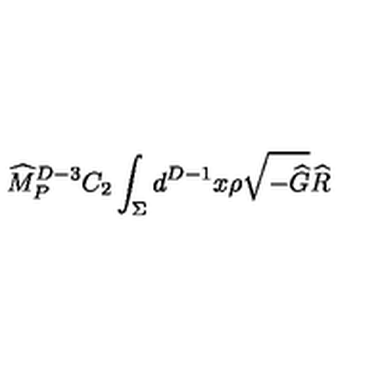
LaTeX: { \widehat M } _ { P } ^ { D - 3 } C _ { 2 } \int _ { \Sigma } d ^ { D - 1 } x \rho \sqrt { - { \widehat G } } { \widehat R }